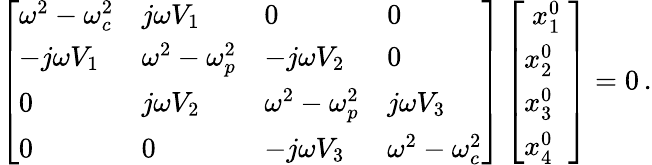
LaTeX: \left[\begin{array}{llll}{{\omega}^{2}-{\omega}_{c}^{2}}&{j{\omega}V_{1}}&{0}&{0}\\ {-j{\omega}V_{1}}&{{\omega}^{2}-{\omega}_{p}^{2}}&{-j{\omega}V_{2}}&{0}\\ {0}&{j{\omega}V_{2}}&{{\omega}^{2}-{\omega}_{p}^{2}}&{j{\omega}V_{3}}\\ {0}&{0}&{-j{\omega}V_{3}}&{{\omega}^{2}-{\omega}_{c}^{2}}\end{array}\right]\left[\begin{array}{l}{\; x_{1}^{0}\; }\\ {x_{2}^{0}}\\ {x_{3}^{0}}\\ {x_{4}^{0}}\end{array}\right]=0\, .